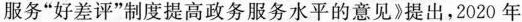
服务”好差评”制度提高政务服务水平的意见》提出，2020年